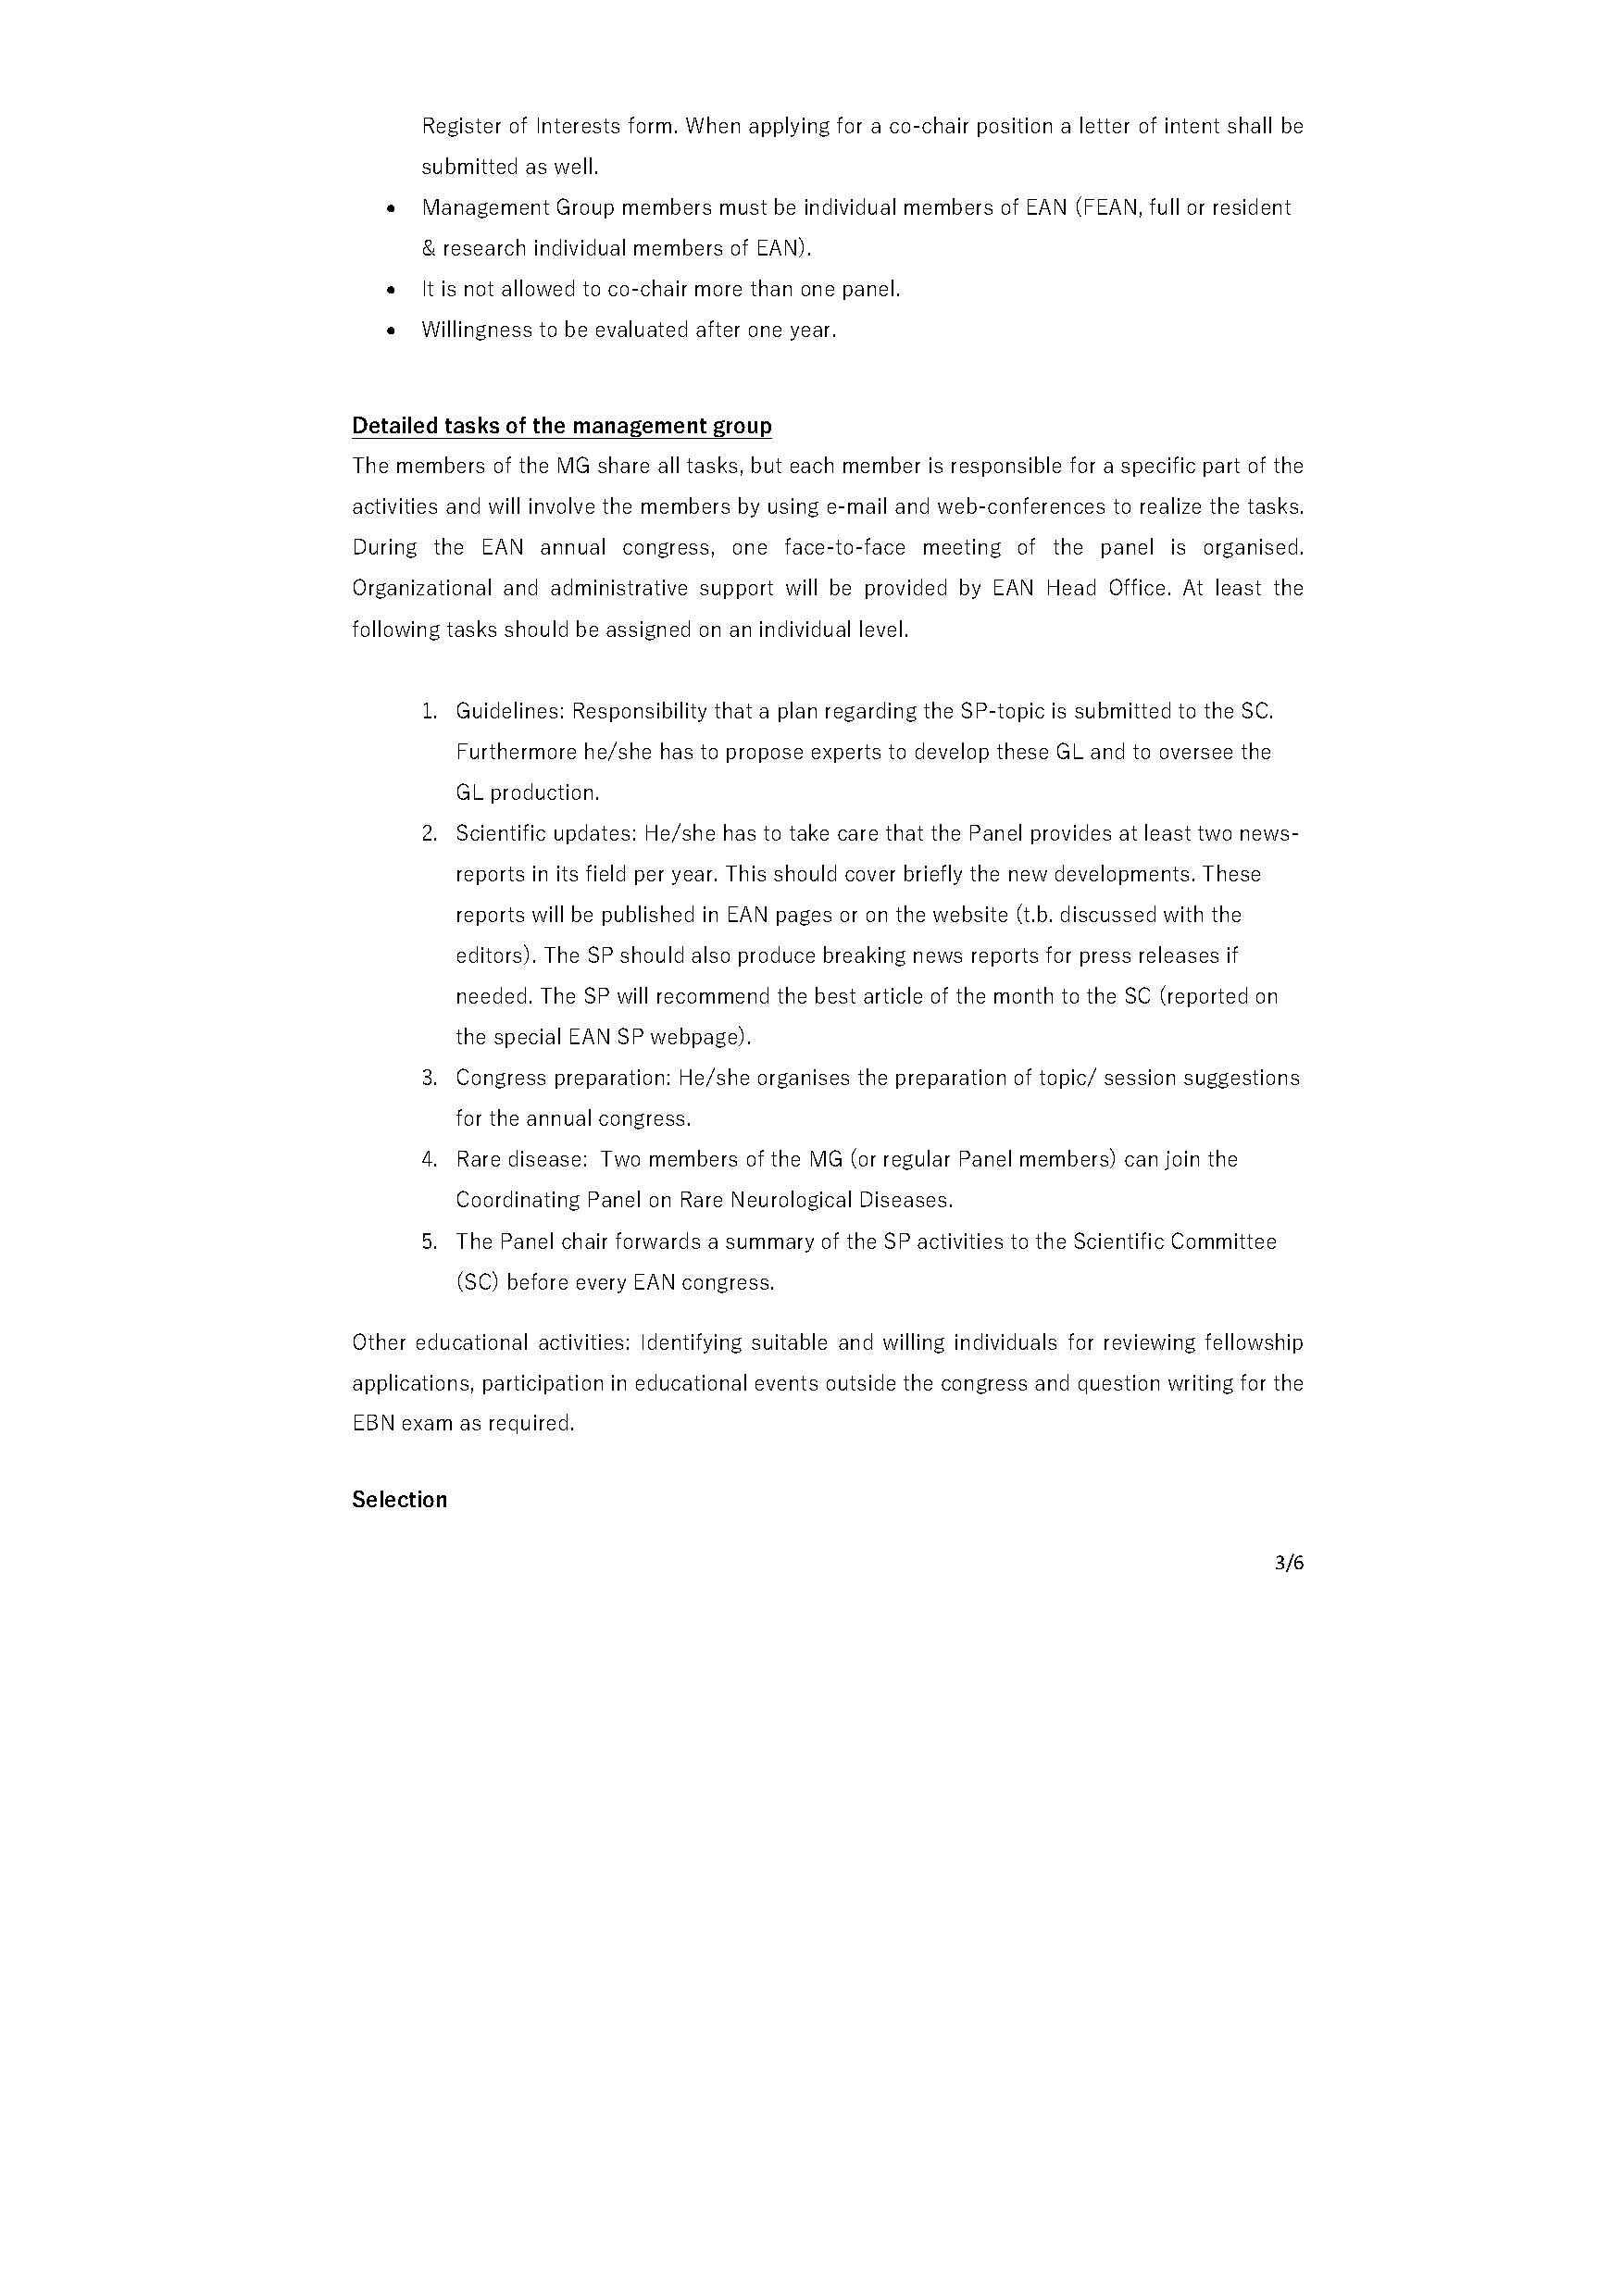
Register of Interests form. When applying for a co-chair position a letter of intent shall be
 submitted as well.
 
 Management Group members must be individual members of EAN (FEAN, full or resident
 & research individual members of EAN).
 
 It is not allowed to co-chair more than one panel.
 
 Willingness to be evaluated after one year.
 Detailed tasks of the management group
 The members of the MG share all tasks, but each member is responsible for a specific part of the
 activities and will involve the members by using e-mail and web-conferences to realize the tasks.
 During the EAN annual congress, one face-to-face meeting of the panel is organised.
 Organizational and administrative support will be provided by EAN Head Office. At least the
 following tasks should be assigned on an individual level.
 1. Guidelines: Responsibility that a plan regarding the SP-topic is submitted to the SC.
 Furthermore he/she has to propose experts to develop these GL and to oversee the
 GL production.
 2. Scientific updates: He/she has to take care that the Panel provides at least two news-
 reports in its field per year. This should cover briefly the new developments. These
 reports will be published in EAN pages or on the website (t.b. discussed with the
 editors). The SP should also produce breaking news reports for press releases if
 needed. The SP will recommend the best article of the month to the SC (reported on
 the special EAN SP webpage).
 3. Congress preparation: He/she organises the preparation of topic/ session suggestions
 for the annual congress.
 4. Rare disease: Two members of the MG (or regular Panel members) can join the
 Coordinating Panel on Rare Neurological Diseases.
 5. The Panel chair forwards a summary of the SP activities to the Scientific Committee
 (SC) before every EAN congress.
 Other educational activities: Identifying suitable and willing individuals for reviewing fellowship
 applications, participation in educational events outside the congress and question writing for the
 EBN exam as required.
 Selection
 3/6